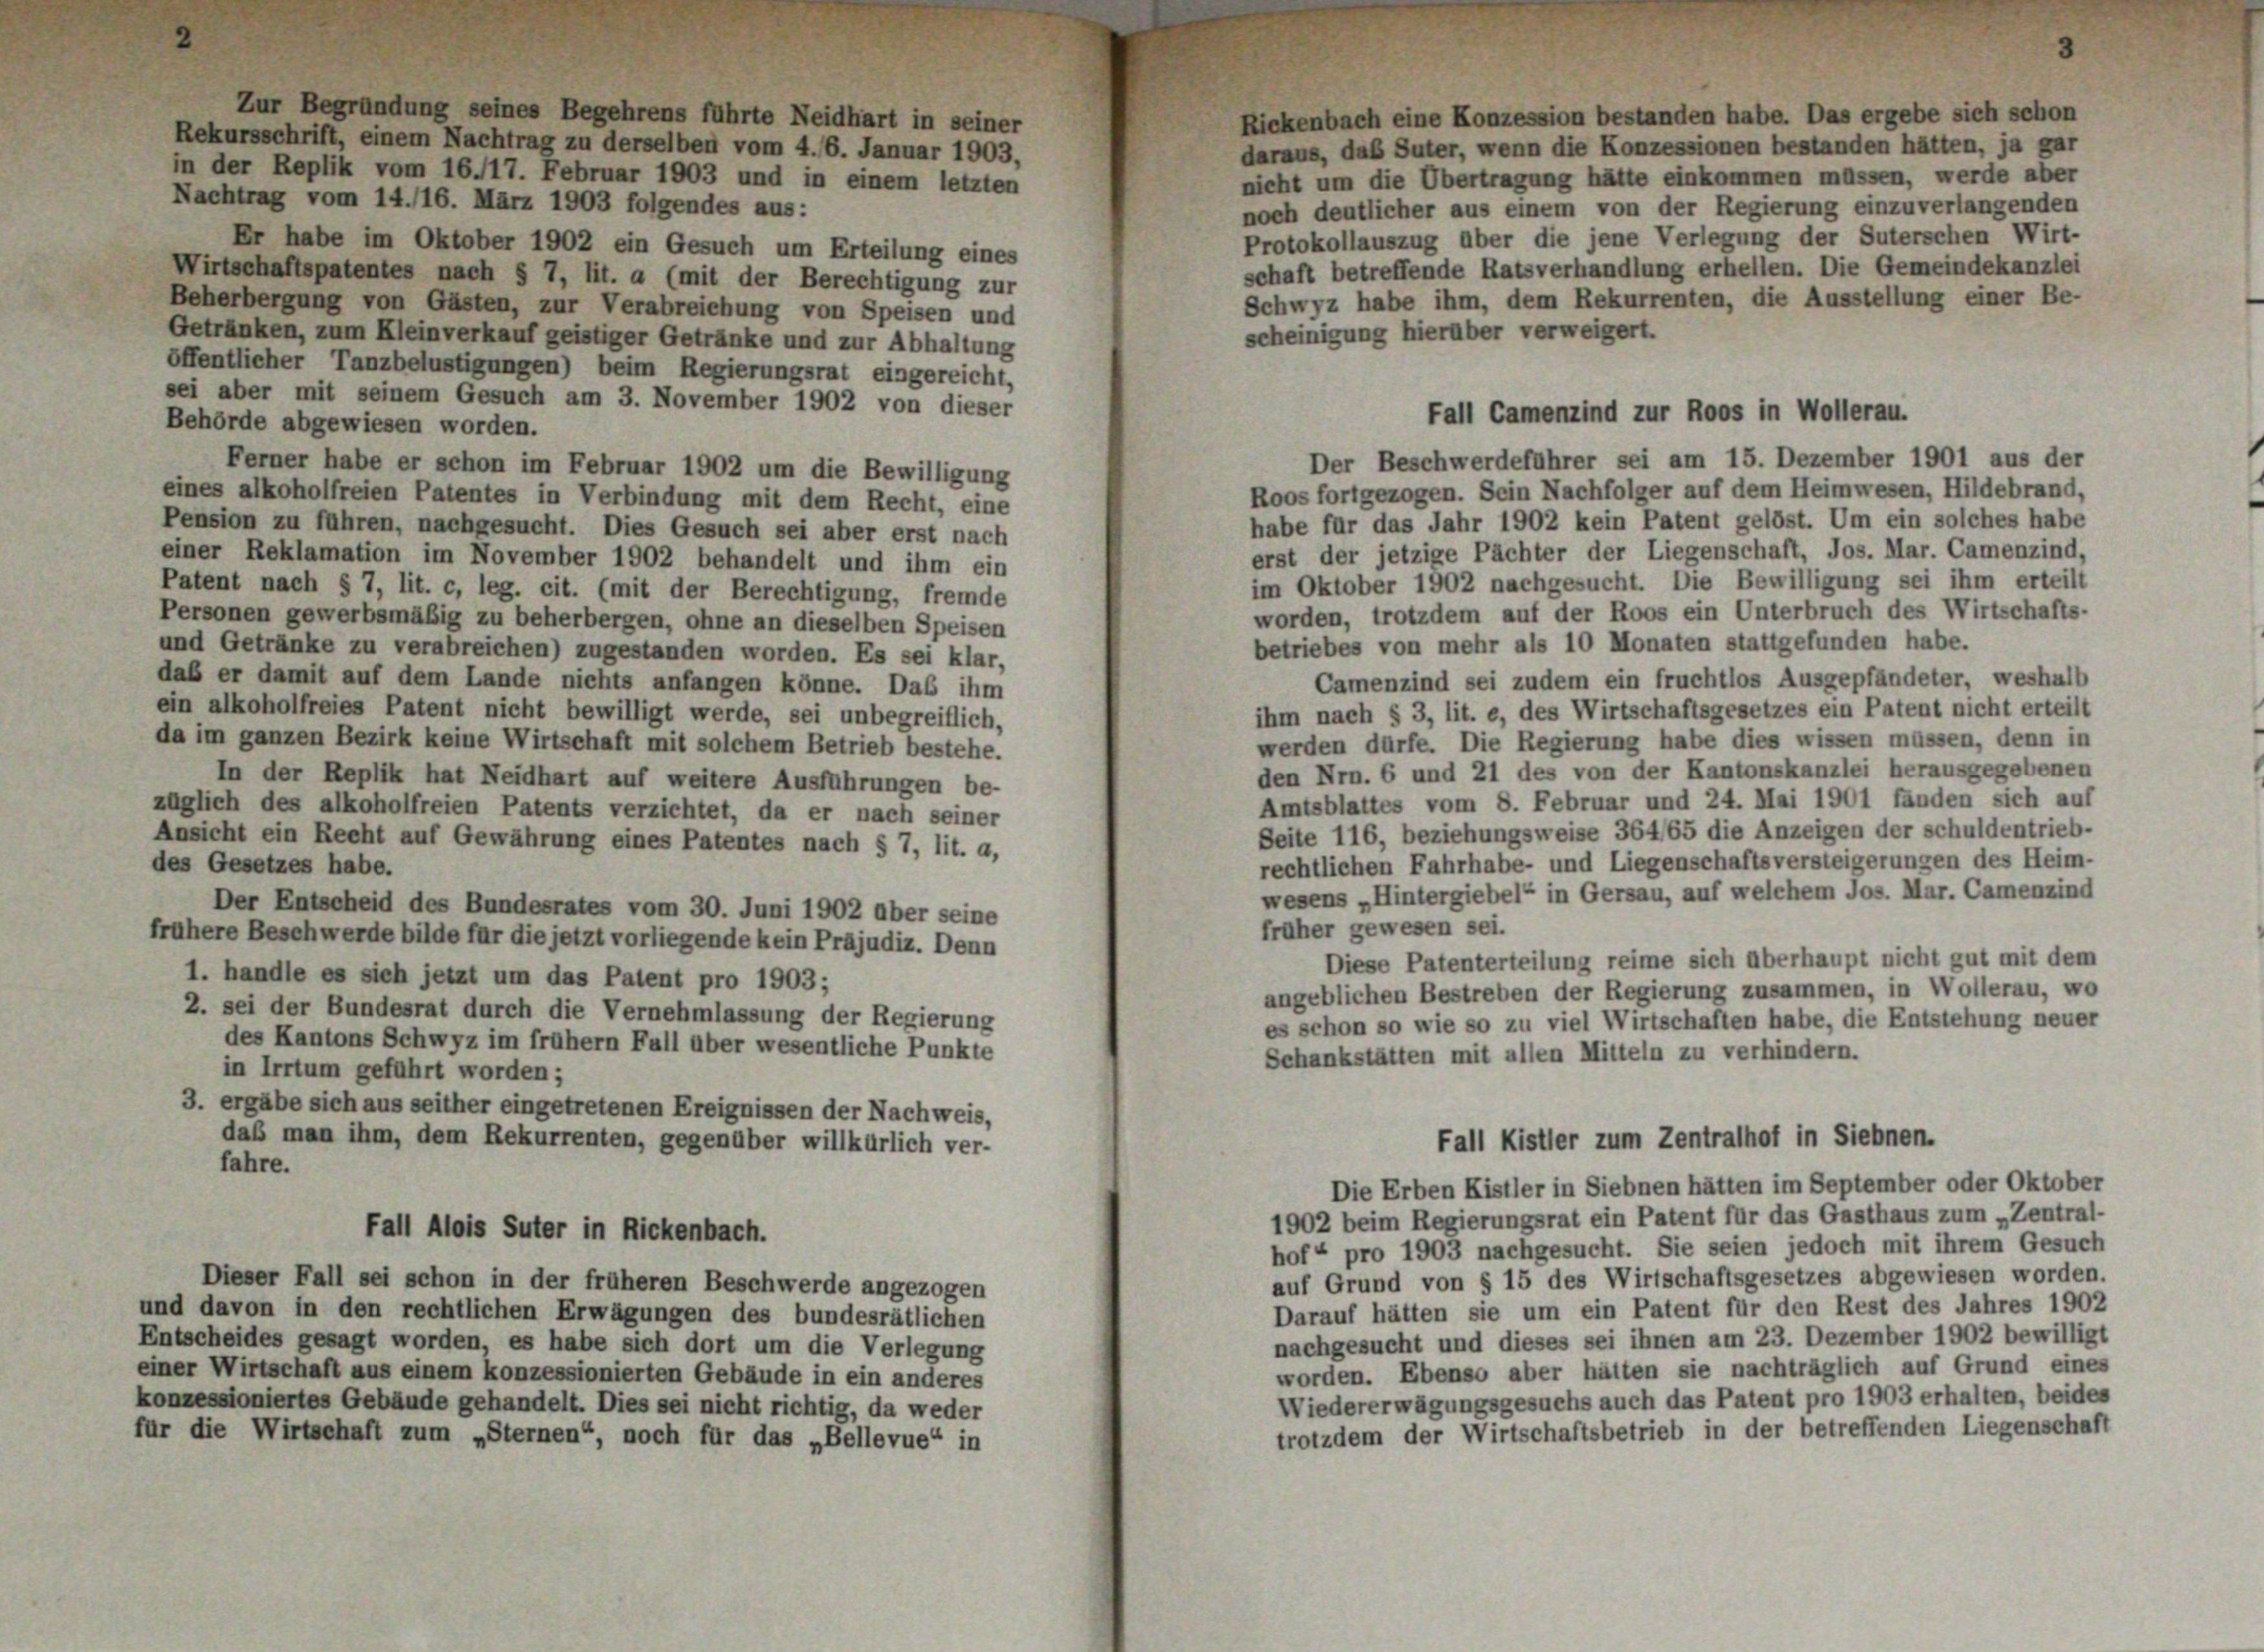
Zur Begründung seines Begehrens führte Neidhart in seiner
Rekursschrift, einem Nachtrag zu derselben vom 4./6. Januar 1903,
daraus, daß Suter, wenn die Konzessionen bestanden hätten, ja gar
n der Replik vom 16./17. Februar 1903 und in einem letzten
nicht um die Übertragung hätte einkommen müssen, werde aber
achtrag vom 14./16. März 1903 folgendes aus:
noch deutlicher aus einem von der Regierung einzuverlangenden
Protokollauszug über die jene Verlegung der Suterschen Wirt-
Er habe im Oktober 1902 ein Gesuch um Erteilung eines
schaft betreffende Ratsverhandlung erhellen. Die Gemeindekanzlei
Wirtschaftspatentes nach § 7, lit. a (mit der Berechtigung zur
Schwyz habe ihm, dem Rekurrenten, die Ausstellung einer Be-
Seherbergung von Gästen, zur Verabreichung von Speisen und
scheinigung hierüber verweigert.
betränken, zum Kleinverkauf geistiger Getränke und zur Abhaltung
ffentlicher Tanzbelustigungen) beim Regierungsrat eingereicht,
i aber mit seinem Gesuch am 3. November 1902 von dieser
ehörde abgewiesen worden.
Ferner habe er schon im Februar 1902 um die Bewilligung
Roos fortgezogen. Sein Nachfolger auf dem Heimwesen, Hildebrand,
nes alkoholfreien Patentes in Verbindung mit dem Recht, eine
habe für das Jahr 1902 kein Patent gelöst. Um ein solches habe
ension zu führen, nachgesucht. Dies Gesuch sei aber erst nach
erst der jetzige Pachter der Liegenschaft, Jos. Mar. Camenzind,
ner Reklamation im November 1902 behandelt und ihm ein
im Oktober 1902 nachgesucht. Die Bewilligung sei ihm erteilt
atent nach § 7, lit. c, leg. cit. (mit der Berechtigung, fremde
worden, trotzdem auf der Roos ein Unterbruch des Wirtschafts-
ersonen gewerbsmäßig zu beherbergen, ohne an dieselben Speisen
betriebes von mehr als 10 Monaten stattgefunden habe.
d Getränke zu verabreichen) zugestanden worden. Es sei klar,
Camenzind sei zudem ein fruchtlos Ausgepfändeter, weshalb
b er damit auf dem Lande nichts anfangen könne. Das ihm
 alkoholfreies Patent nicht bewilligt werde, sei unbegreiflich,
ihm nach § 3, lit. e, des Wirtschaftsgesetzes ein Patent nicht erteilt
werden dürfe. Die Regierung habe dies wissen müssen, denn in
im ganzen Bezirk keine Wirtschaft mit solchem Betrieb bestehe.
den Hrn. 6 und 21 des von der Kantonskanzlei herausgegebenen
In der Replik hat Neidhart auf weitere Ausführungen be-
Amtsblattes vom 8. Februar und 24. Mai 1901 fänden sich auf
glich des alkoholfreien Patents verzichtet, da er nach seiner
Seite 116, beziehungsweise 364165 die Anzeigen der schuldentrieb-
nsicht ein Recht auf Gewährung eines Patentes nach § 7, lit. a,
rechtlichen Fahrhabe- und Liegenschaftsversteigerungen des Heim-
s Gesetzes habe.
wesens „Hintergiebel“ in Gersau, auf welchem Jos. Mar. Camenzind
Der Entscheid des Bundesrates vom 30. Juni 1902 über seine
früher gewesen sei.
here Beschwerde bilde für die jetzt vorliegende kein Präjudiz. Denn
Diese Patenterteilung reime sich überhaupt nicht gut mit dem
1. handle es sich jetzt um das Patent pro 1903;
angeblichen Bestreben der Regierung zusammen, in Wollerau, wo
2. sei der Bundesrat durch die Vernehmlassung der Regierung
es schon so wie so zu viel Wirtschaften habe, die Entstehung neuer
des Kantons Schwyz im frühem Fall über wesentliche Punkte
Schankstätten mit allen Mitteln zu verhindern.
in Irrtum geführt worden;
3. ergäbe sich aus seither eingetretenen Ereignissen der Nachweis,
daß man ihm, dem Rekurrenten, gegenüber willkürlich ver-
Fall Kistler zum Zentralhof in Siebnen.
fahre.
Die Erben Kistler in Siebnen hätten im September oder Oktober
1902 beim Regierungsrat ein Patent für das Gasthaus zum „Zentral-
Fall Alois Suter in Rickenbach.
hof“ pro 1903 nachgesucht. Sie seien jedoch mit ihrem Gesuch
auf Grund von § 15 des Wirtschaftsgesetzes abgewiesen worden.
Dieser Fall sei schon in der früheren Beschwerde angezogen
Darauf hätten sie um ein Patent für den Rest des Jahres 1902
und davon in den rechtlichen Erwägungen des bundesrätlichen
nachgesucht und dieses sei ihnen am 23. Dezember 1902 bewilligt
Entscheides gesagt worden, es habe sich dort um die Verlegung
worden. Ebenso aber hätten sie nachträglich auf Grund eines
einer Wirtschaft aus einem konzessionierten Gebäude in ein anderes
Wiedererwägungsgesuchs auch das Patent pro 1903 erhalten, beides
konzessioniertes Gebäude gehandelt. Dies sei nicht richtig, da weder
trotzdem der Wirtschaftsbetrieb in der betreffenden Liegenschaf
für die Wirtschaft zum „Sternen“, noch für das „Bellevue“ in

Rickenbach eine Konzession bestanden habe. Das ergebe sich schon

Fall Camenzind zur Roos in Wollerau.
Der Beschwerdeführer sei am 15. Dezember 1901 aus der